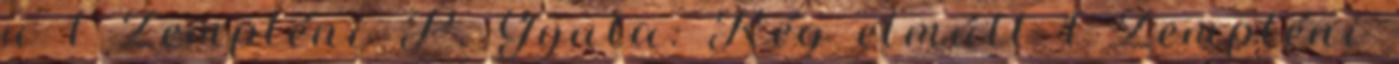
u 1 Zempléni P. Gyula: Rég elmúlt 1 Zempléni